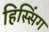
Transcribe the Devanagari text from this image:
हिस्सिंग